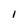
Character: I